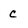
Character: c